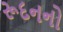
રૂદનનો